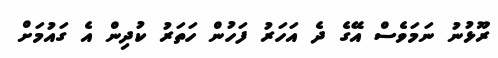
ރޫޅުނު ނަމަވެސް އޭގެ ދެ އަހަރު ފަހުން ހަތަރު ކުދިން އެ ގައުމަށް